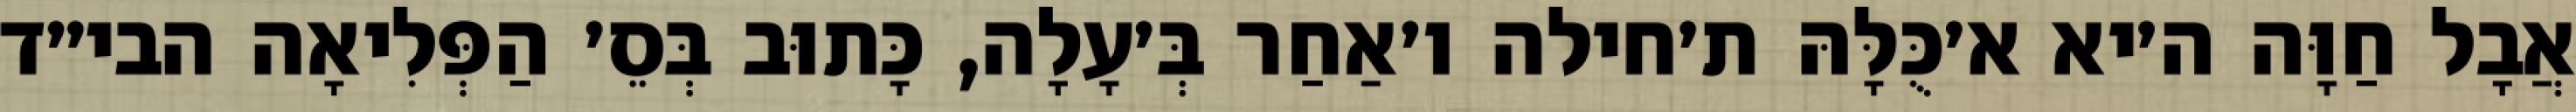
אֲבָל חַוָּה ה׳יא א׳כֻּלָּהּ ת׳חילה ו׳אַחַר בְּ׳עָלָה, כָּתוּב בְּסֵ׳ הַפְּלִיאָה הבי״ד